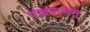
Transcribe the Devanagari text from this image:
पञ्चरत्नम्